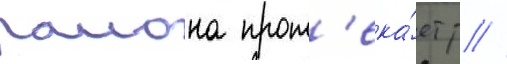
раиона прот'ека́ет р //